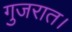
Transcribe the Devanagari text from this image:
गुजरात।